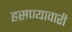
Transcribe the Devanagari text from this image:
हसण्यावारी